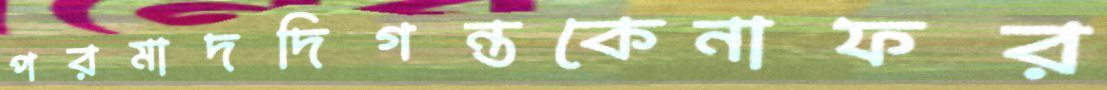
পরমাদদিগন্তকেনাফর